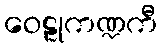
ဝေဠုကဏ္ဍကီ